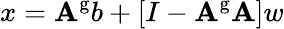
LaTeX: x=\mathbf{A}^{\mathrm{{g}}}b+\left[I-\mathbf{A}^{\mathrm{{g}}}\mathbf{A}\right]w